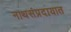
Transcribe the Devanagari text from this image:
नाथसंप्रदायात